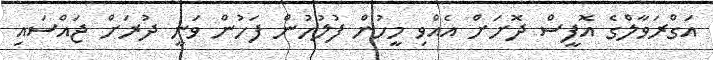
އަގްރަވާލްގެ އޮފީސް ދޮށަށް އެއްވި މީހުން ފުލުހުން ފަހުން ވަނީ ދުރަށް ޖައްސައި